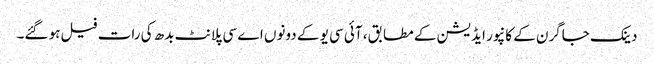
دینک جاگرن کے کانپور ایڈیشن کے مطابق، آئی سی یو کے دونوں اے سی پلانٹ بدھ کی رات فیل ہو گئے۔